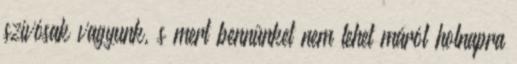
szívósak vagyunk, s mert bennünket nem lehet máról holnapra